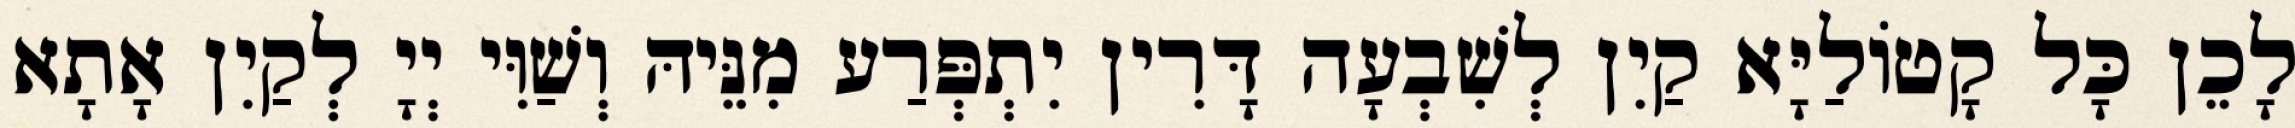
לָכֵן כָּל קָטוֹלַיָּא קַיִן לְשִׁבְעָה דָּרִין יִתְפְּרַע מִנֵּיהּ וְשַׁוִּי יְיָ לְקַיִן אָתָא